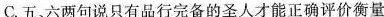
C.五、六两句说只有品行完备的圣人才能正确评价衡量